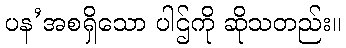
ပန’အစရှိသော ပါဌ်ကို ဆိုသတည်း။